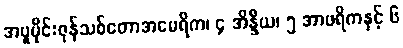
အပူပိုင်းဇုန်သစ်တောအမေရိက၊ ၄ အိန္ဒိယ၊ ၅ အာဖရိကနှင့် ၆